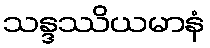
သန္ဒဿိယမာနံ